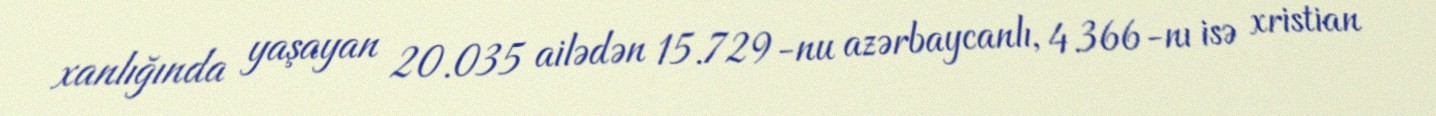
xanlığında yaşayan 20.035 ailədən 15.729-nu azərbaycanlı, 4.366-nı isə xristian